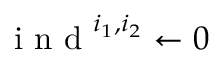
\mathrm { ~ i ~ n ~ d ~ } ^ { i _ { 1 } , i _ { 2 } } \gets 0